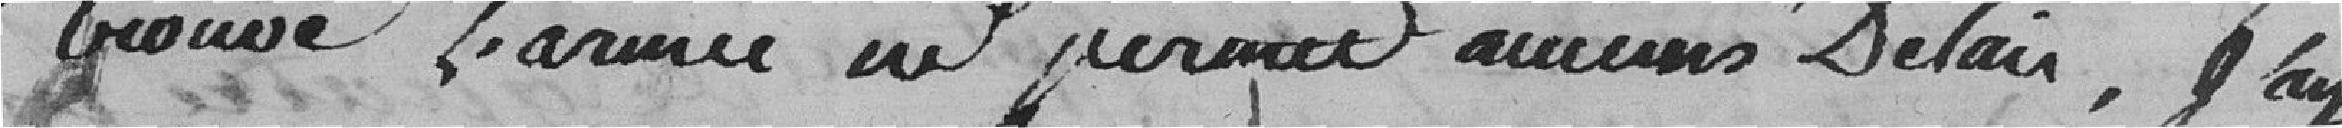
trouvent l'armée ne permet aucun délai, j'ai